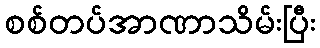
စစ်တပ်အာဏာသိမ်းပြီး